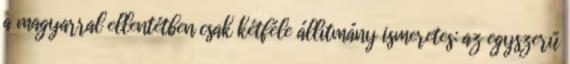
a magyarral ellentétben csak kétféle állítmány ismeretes: az egyszerű